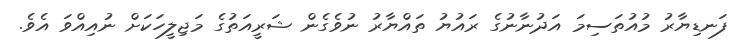
ފަނޑިޔާރު މުއުތަސިމަ އަދުނާނުގެ ރައުޔު ތައްޔާރު ނުވެގެން ޝަރީއަތުގެ މަޖިލީހަކަށް ނުއިއްވަ އެވެ.